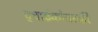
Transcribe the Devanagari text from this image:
ट्चाईकोवस्की